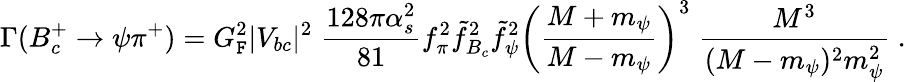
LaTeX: \Gamma(B_{c}^{+}\to\psi\pi^{+})=G_{\mathtt{F}}^{2}|V_{bc}|^{2}\; \frac{{128\pi\alpha_{s}^{2}}}{{81}}f_{\pi}^{2}\tilde{{f}}_{B_{c}}^{2}\tilde{{f}}_{\psi}^{2}\biggl(\frac{{M+m_{\psi}}}{{M-m_{\psi}}}\biggr)^{3}\; \frac{{M^{3}}}{{(M-m_{\psi})^{2}m_{\psi}^{2}}}\; .